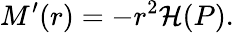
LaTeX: M^{\prime}(r)=-r^{2}{\cal H}(P).